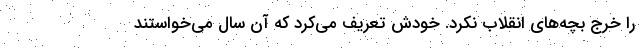
را خرج بچه‌های انقلاب نکرد. خودش تعریف می‌کرد که آن سال می‌خواستند